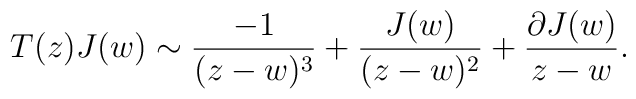
T(z) J(w) \sim \frac{-1}{(z-w)^3} + \frac{J(w)}{(z-w)^2} +  \frac{\partial J(w)}{z-w}.